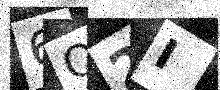
Text: 6O2I